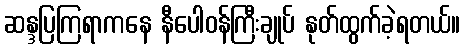
ဆန္ဒပြကြရာကနေ နီပေါဝန်ကြီးချုပ် နုတ်ထွက်ခဲ့ရတယ်။